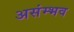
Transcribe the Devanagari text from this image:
असंम्भव